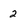
Character: 2